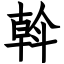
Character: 斡